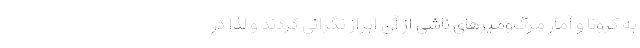
به کرونا و آمار مرگ‌ومیرهای ناشی از آن ابراز نگرانی کردند و لذا در